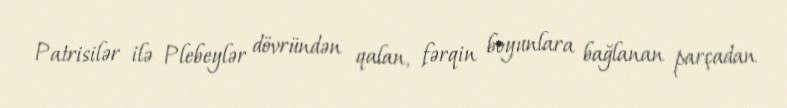
Patrisilər ilə Plebeylər dövründən qalan, fərqin boyunlara bağlanan parçadan